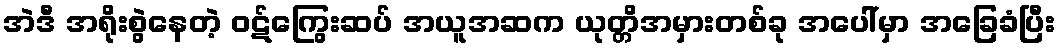
အဲဒီ အရိုးစွဲနေတဲ့ ဝဋ်ကြွေးဆပ် အယူအဆက ယုတ္တိအမှားတစ်ခု အပေါ်မှာ အခြေခံပြီး